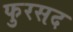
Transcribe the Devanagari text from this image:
फुरसद